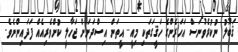
ޤަބޫލު ނުކުރެވުނަސް އަހަރެންގެ ހަޤީގަތަކި މިއީ.. އީތަން އިސްދަށަށް ޖަހާލީ ކުށްވެރިއެއް ފަދައިންނެވެ.